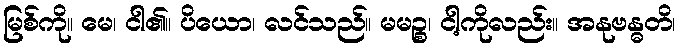
မြစ်ကို။ မေ၊ ငါ၏။ ပိယော၊ လင်သည်။ မမဉ္စ၊ ငါ့ကိုလည်း။ အနုဗန္ဓတိ၊